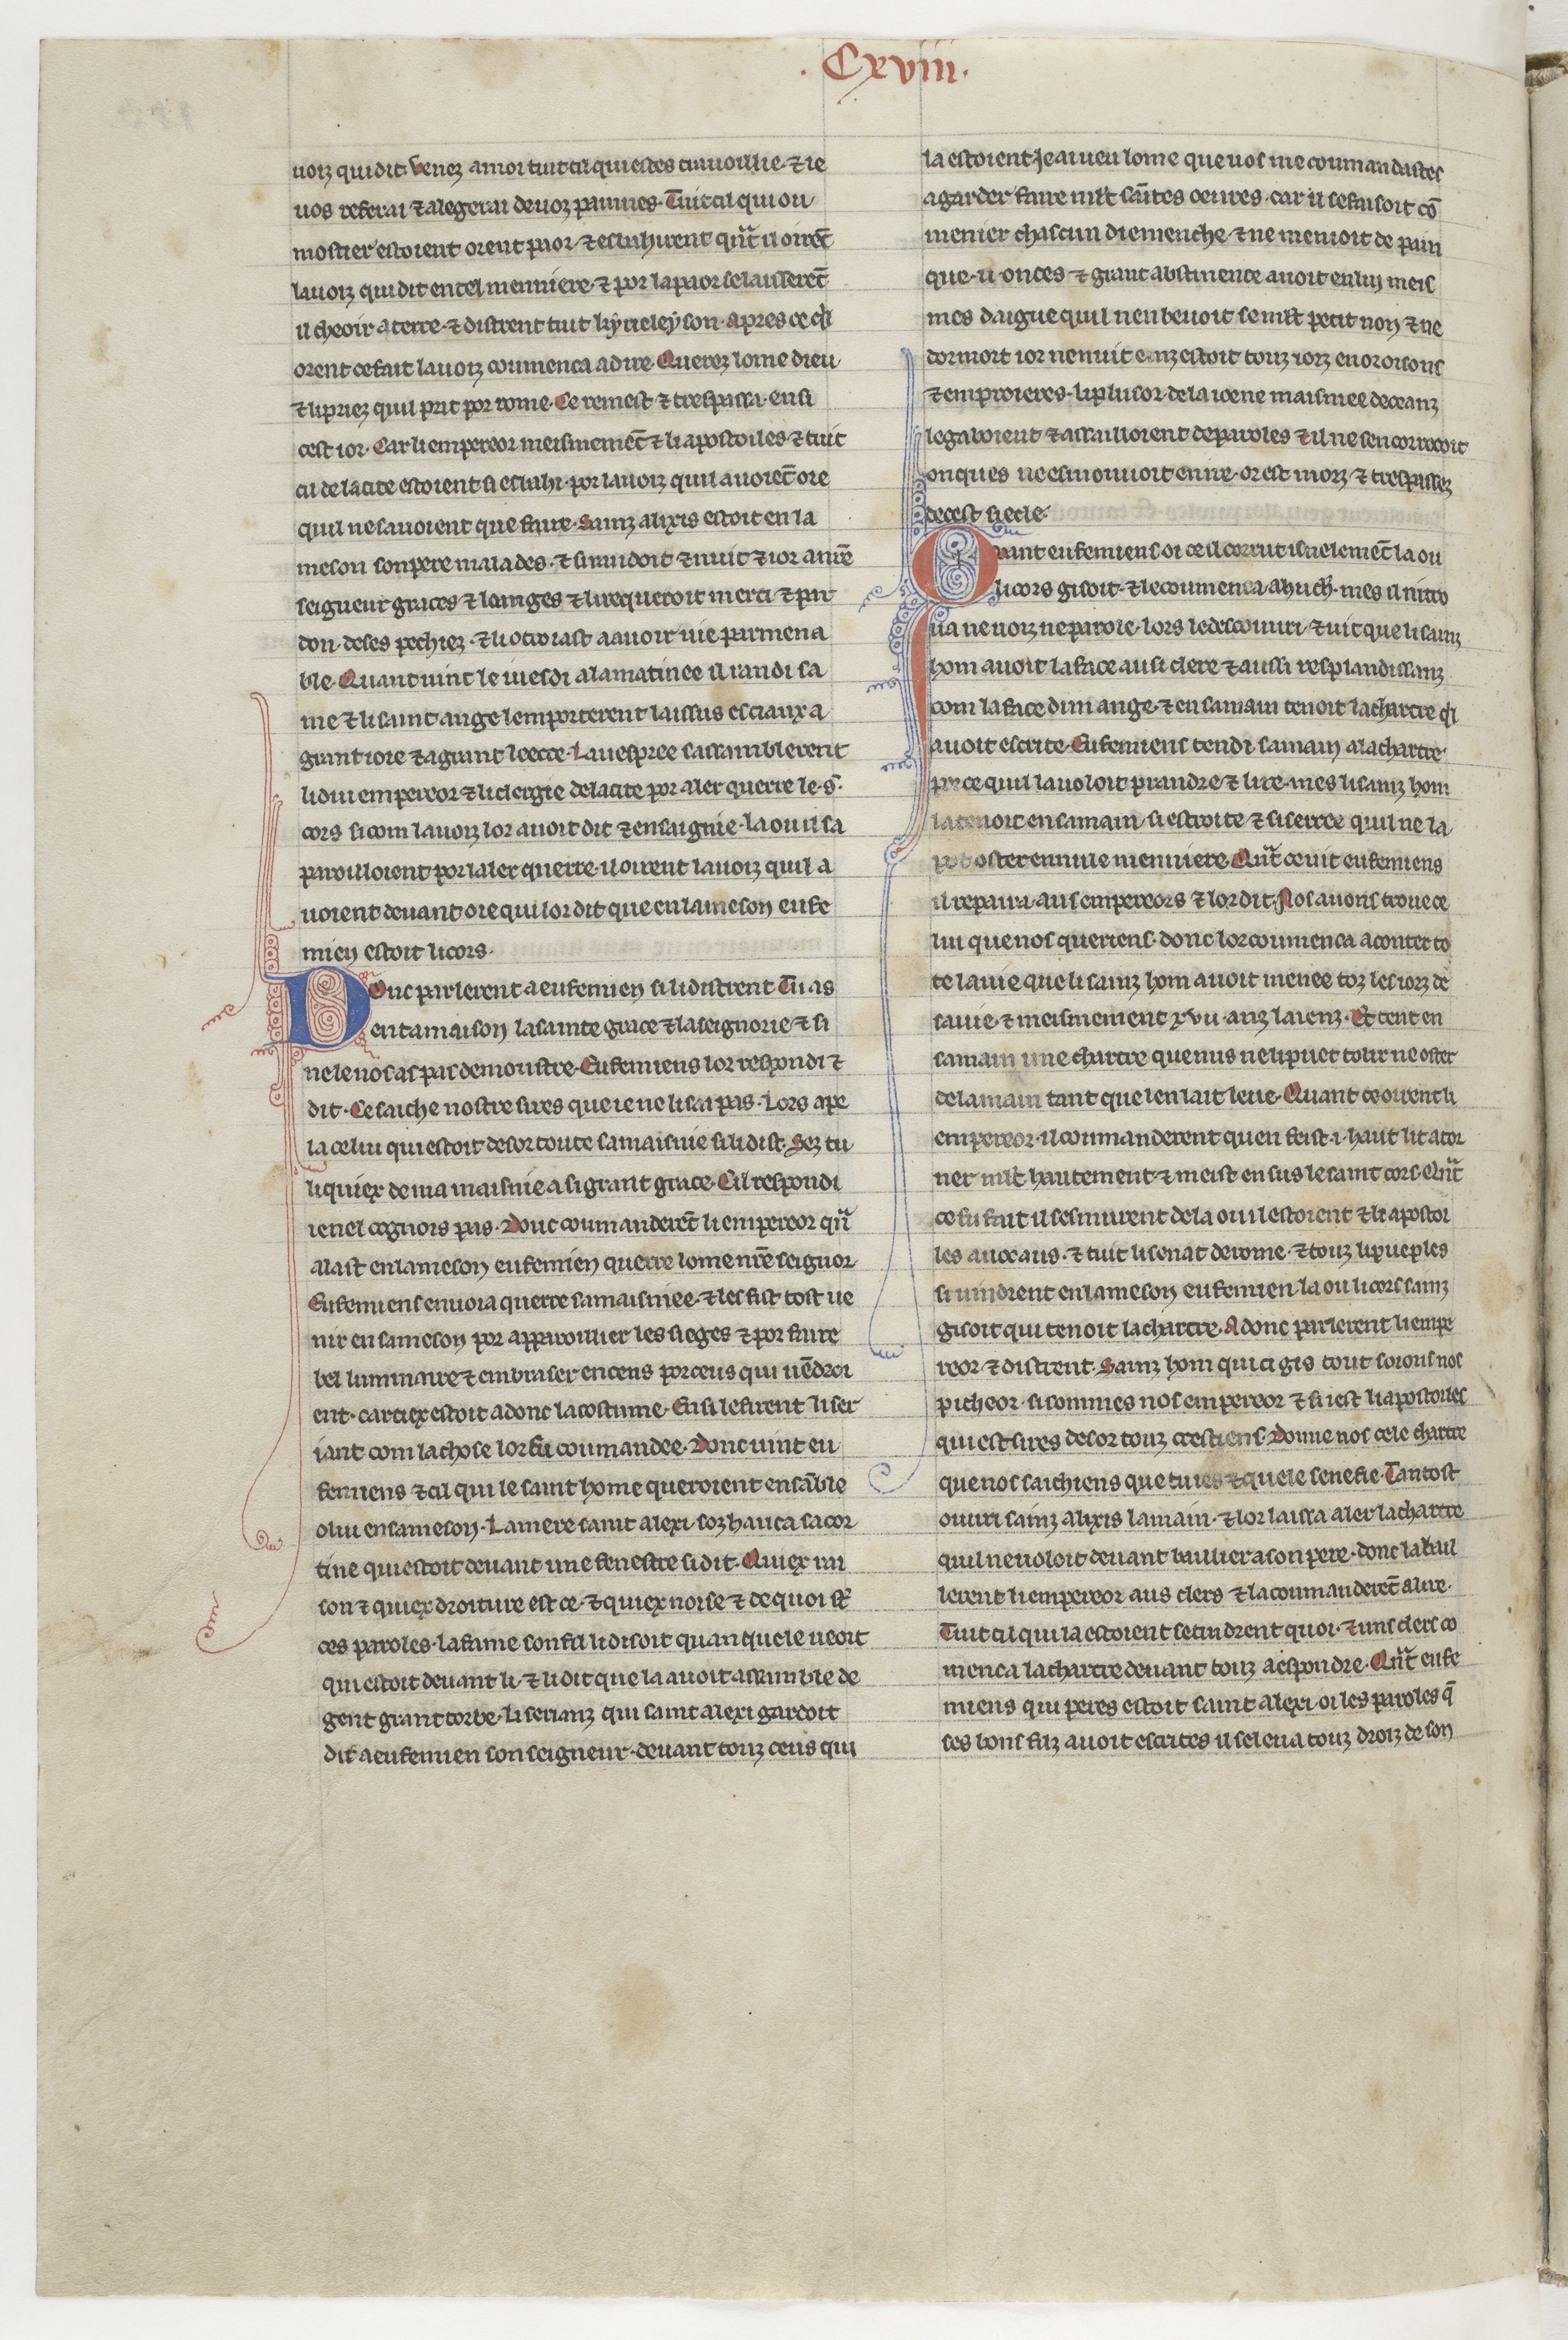
Shelfmark: Paris, BnF, NAF 23686
Century: 13